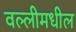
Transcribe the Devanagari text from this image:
वल्लीमधील